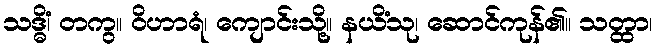
သဒ္ဓိံ၊ တကွ။ ဝိဟာရံ၊ ကျောင်းသို့။ နယိံသု၊ ဆောင်ကုန်၏။ သတ္ထာ၊